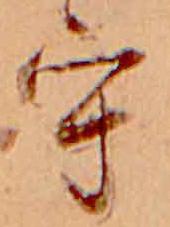
守